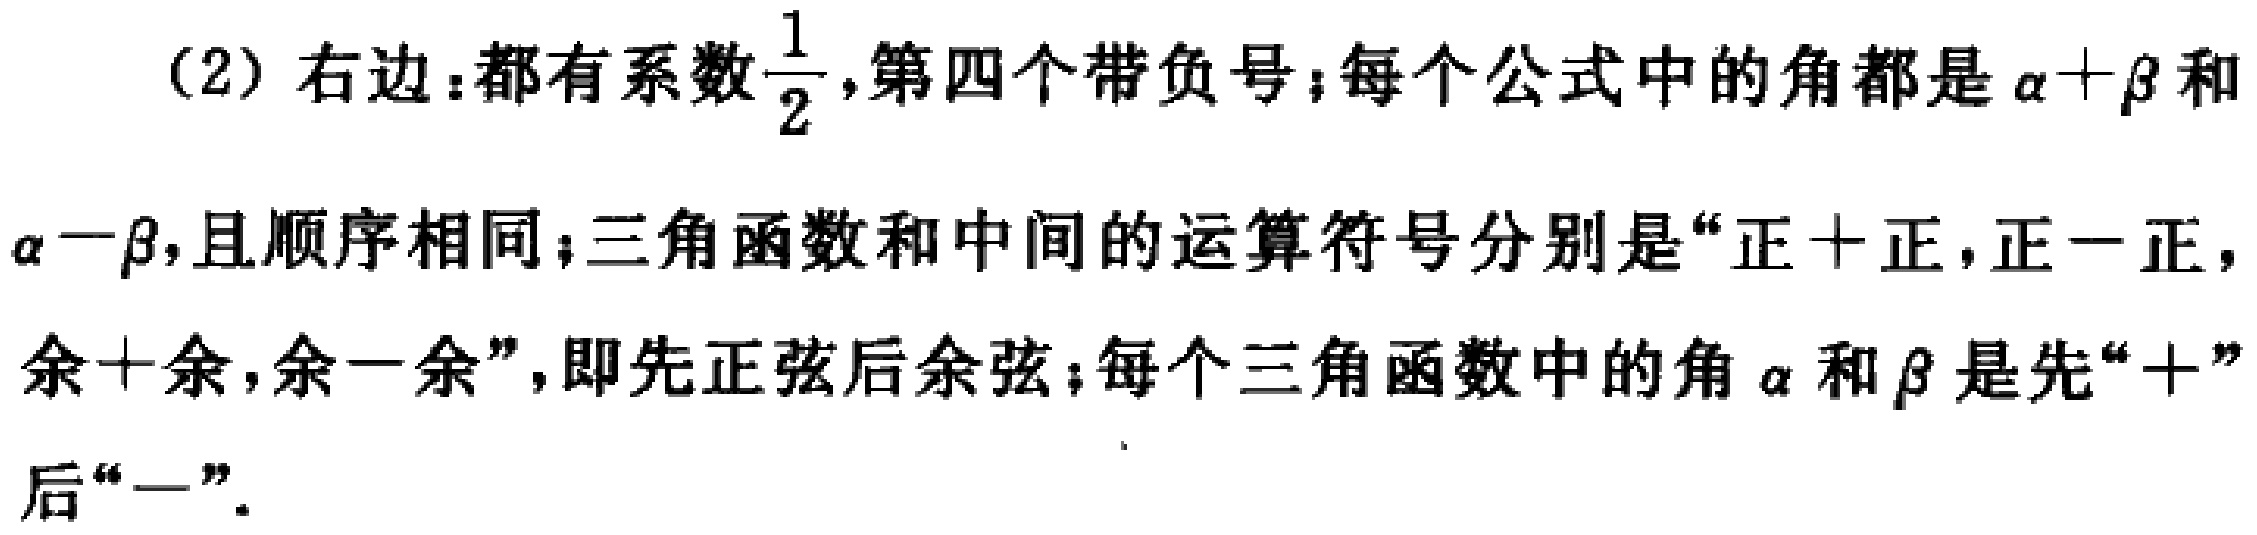
(2) 右边：都有系数$\frac{1}{2}$，第四个带负号；每个公式中的角都是$\alpha+\beta$和$\alpha - \beta$，且顺序相同；三角函数和中间的运算符号分别是“正+正，正-正，余+余，余-余”，即先正弦后余弦；每个三角函数中的角$\alpha$和$\beta$是先“+”后“-”.